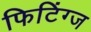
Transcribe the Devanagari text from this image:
फिटिंग्ज